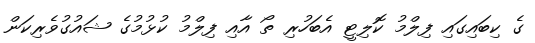
ގެ ކިބައިގައި ފިލްމު ކޮލިޓީ އެބަހުރި ތޯ އާއި ފިލްމު ކުޅުމުގެ ޝައުގުވެރިކަން